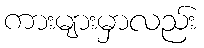
ကားများမှာလည်း